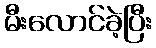
မီးလောင်ခဲ့ပြီး